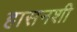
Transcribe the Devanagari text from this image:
हासनशी